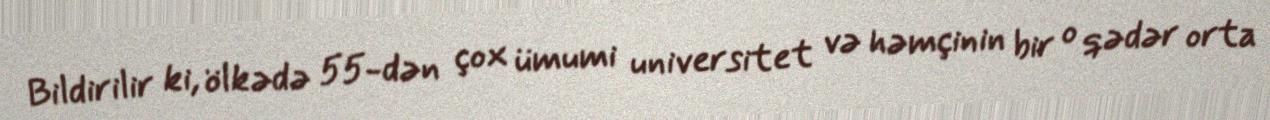
Bildirilir ki, ölkədə 55-dən çox ümumi universitet və həmçinin bir o qədər orta